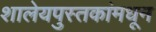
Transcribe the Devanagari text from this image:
शालेयपुस्तकांमधून